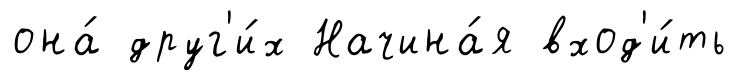
она́ друг'и́х Начина́я вход'и́ть